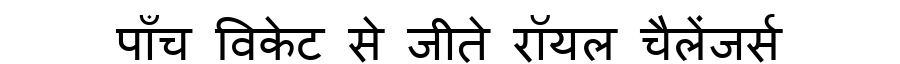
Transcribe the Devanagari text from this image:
पाँच विकेट से जीते रॉयल चैलेंजर्स